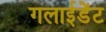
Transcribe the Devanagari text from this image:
गलाईडेंट